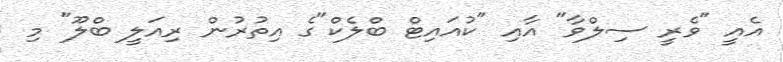
އެއީ "ވެރީ ސިލްވާ" އާއި "ކުއައިޓް ބްލެކް"ގެ އިތުރުން ރިއަލީ ބްލޫ" މި